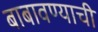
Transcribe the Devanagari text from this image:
बाबावण्याची